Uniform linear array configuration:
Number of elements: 4
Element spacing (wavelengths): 0.5
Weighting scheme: blackman
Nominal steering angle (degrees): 45
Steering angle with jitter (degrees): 44.251
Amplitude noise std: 0.05
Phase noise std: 0.05

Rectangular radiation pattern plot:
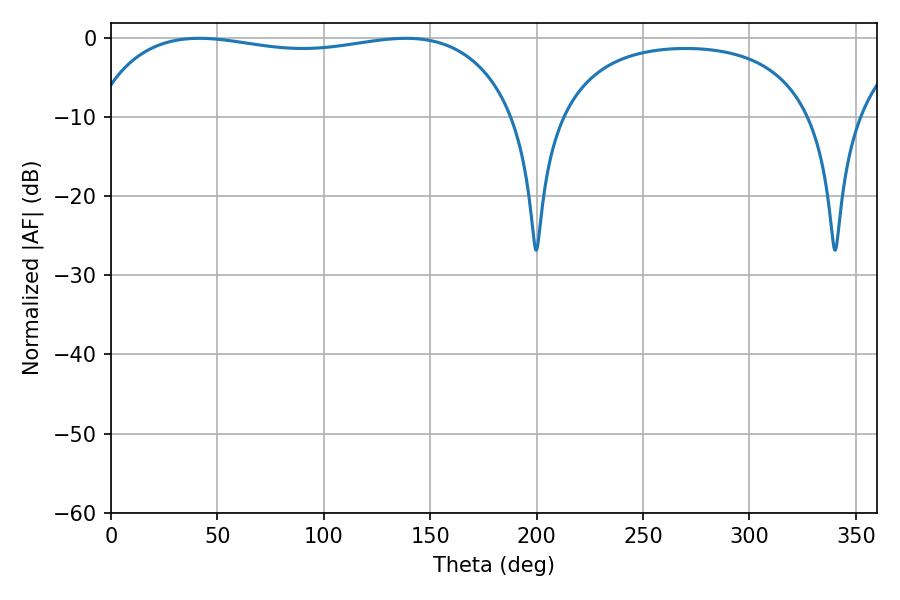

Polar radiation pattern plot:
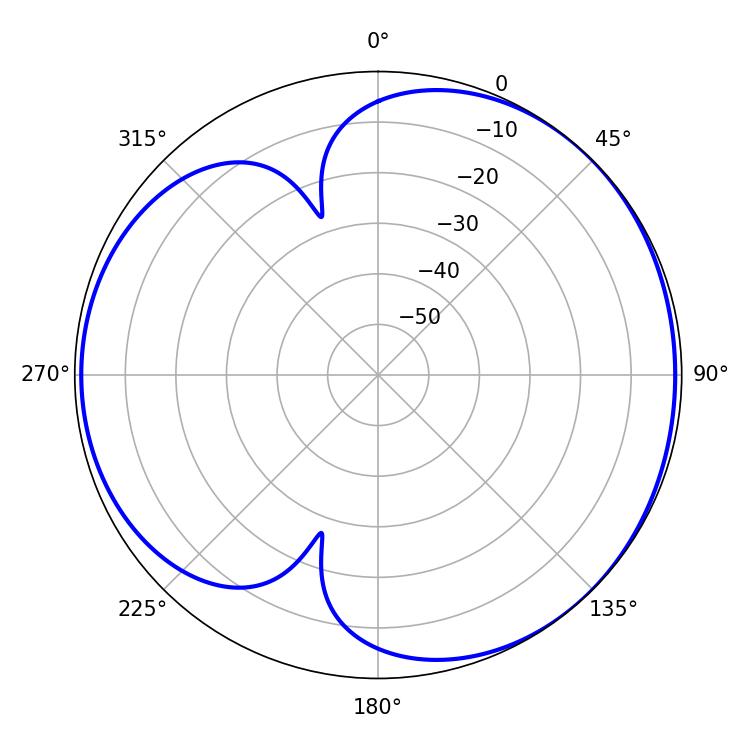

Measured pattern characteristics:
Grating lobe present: FALSE
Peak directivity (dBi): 4.091
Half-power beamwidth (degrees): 161.28
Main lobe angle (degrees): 41.4